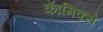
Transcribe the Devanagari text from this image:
काॅमिक्से